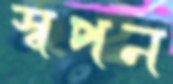
স্বপন